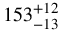
1 5 3 _ { - 1 3 } ^ { + 1 2 }